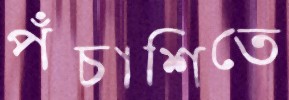
পঁচাশিতে